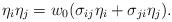
LaTeX: \begin{align*}\eta_i\eta_j = w_0 (\sigma_{ij} \eta_i+\sigma_{ji} \eta_j).\end{align*}